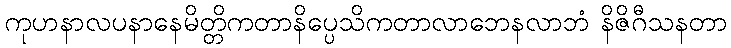
ကုဟနာလပနာနေမိတ္တိကတာနိပ္ပေသိကတာလာဘေနလာဘံ နိဇိဂီသနတာ